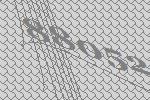
88052